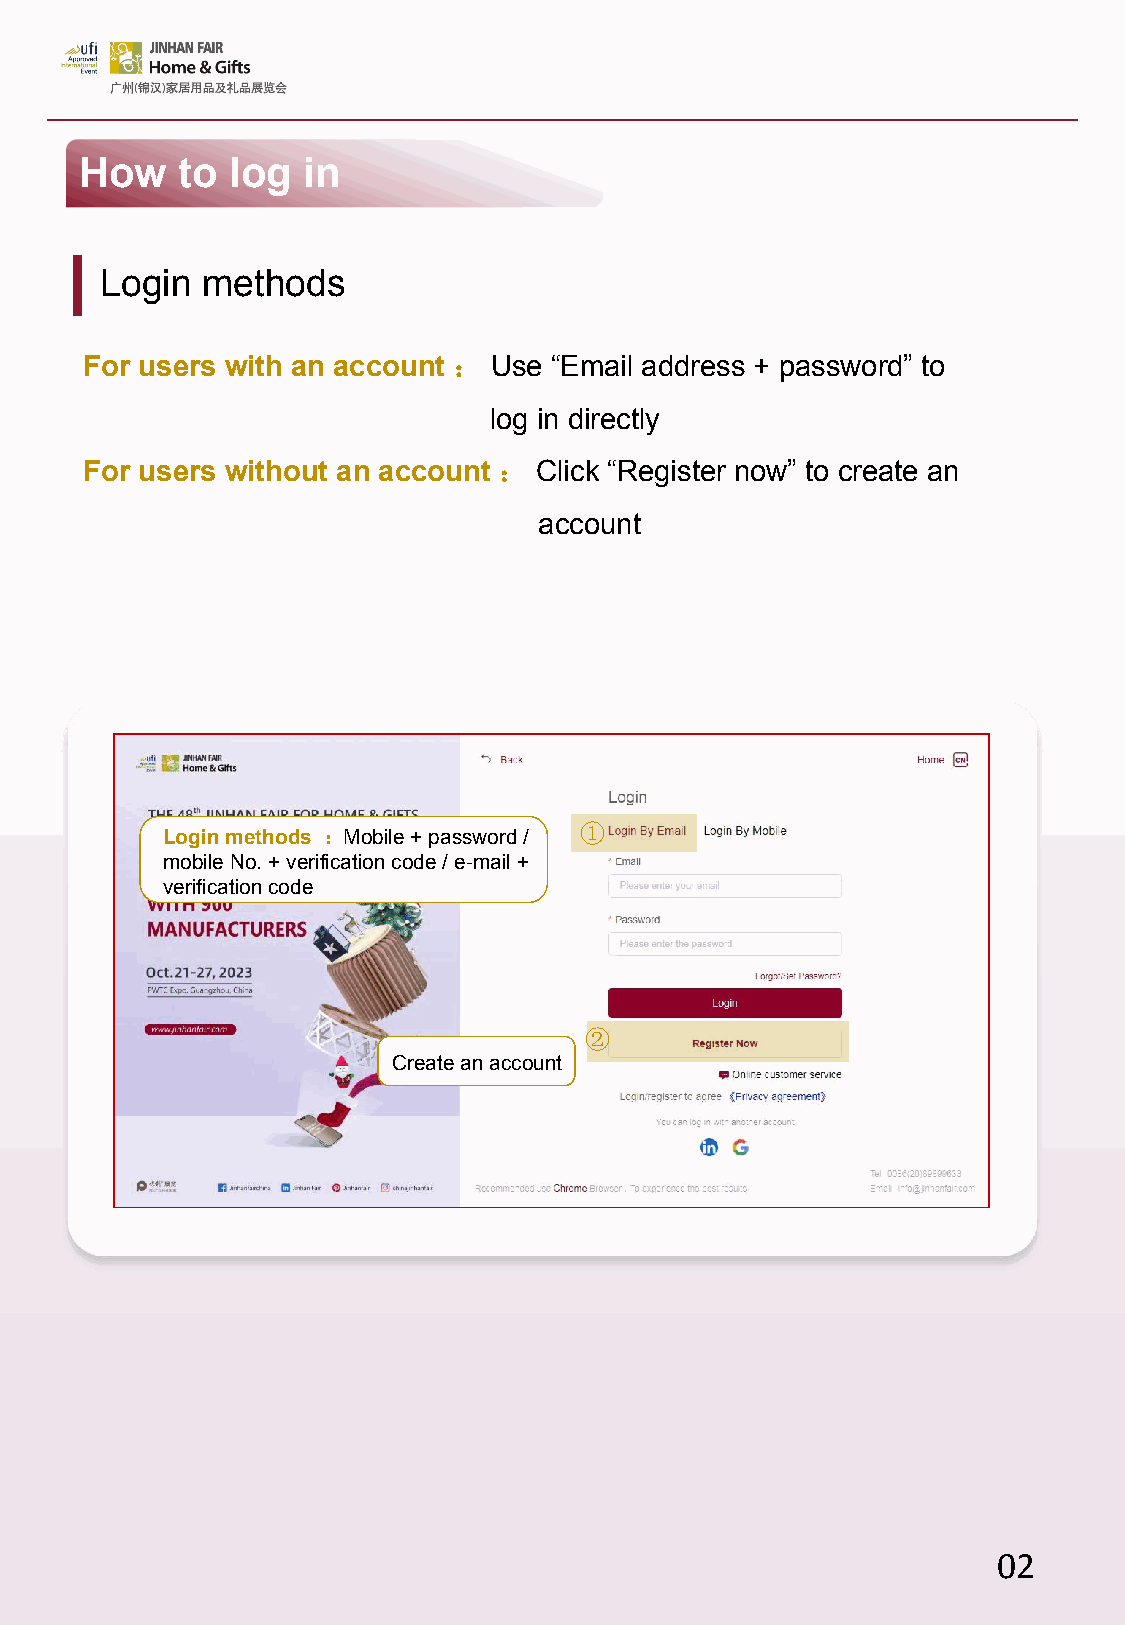
How    to log  in
 Login methods
 For users with an account ： Use “Email address + password” to
 log in directly
 For users without an account ： Click “Register now” to create an
 account
 ①
 Login methods ： Mobile + password /
 mobile No. + verification code / e-mail +
 verification code
 ②
 Create an account
 02